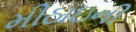
મીઠાઇની